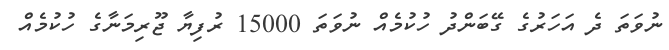
ނުވަތަ ދެ އަހަރުގެ ގޭބަންދު ހުކުމެއް ނުވަތަ 15000 ރުފިޔާ ޖޫރިމަނާގެ ހުކުމެއް